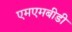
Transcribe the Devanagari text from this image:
एमएमबीडी